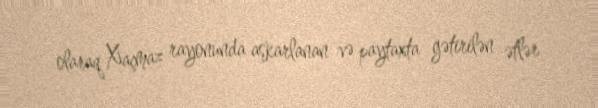
olaraq Xaçmaz rayonunda aşkarlanan və paytaxta gətirilən ətlər